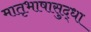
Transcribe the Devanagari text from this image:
मातृभाषासुद्धा